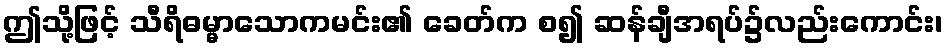
ဤသို့ဖြင့် သီရိဓမ္မာသောကမင်း၏ ခေတ်က စ၍ ဆန်ချီအရပ်၌လည်းကောင်း၊